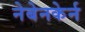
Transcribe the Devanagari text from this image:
नेबेनकेर्न